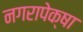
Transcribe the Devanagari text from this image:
नगरापेक्षा